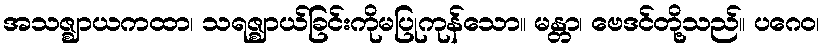
အသဇ္ဈာယကထာ၊ သရဇ္ဈာယ်ခြင်းကိုမပြုကုန်သော။ မန္တာ၊ ဗေဒင်တို့သည်။ ပဂေဝ၊